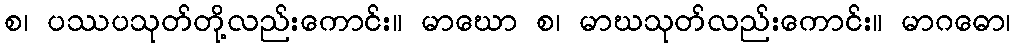
စ၊ ပဿပသုတ်တို့လည်းကောင်း။ မာဃော စ၊ မာဃသုတ်လည်းကောင်း။ မာဂဓော၊